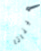
هيناتا